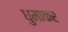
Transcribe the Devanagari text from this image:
धुमाकर